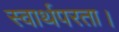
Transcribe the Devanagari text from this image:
स्वार्थपरता।